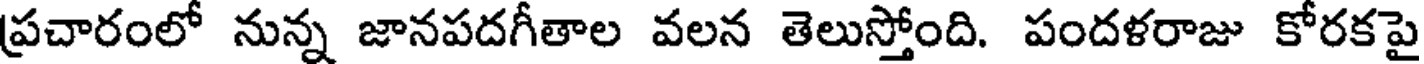
ప్రచారంలో నున్న జానపదగీతాల వలన తెలుస్తోంది. పందళరాజు కోరకపై